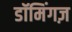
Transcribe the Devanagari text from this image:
डॉमिंगज़